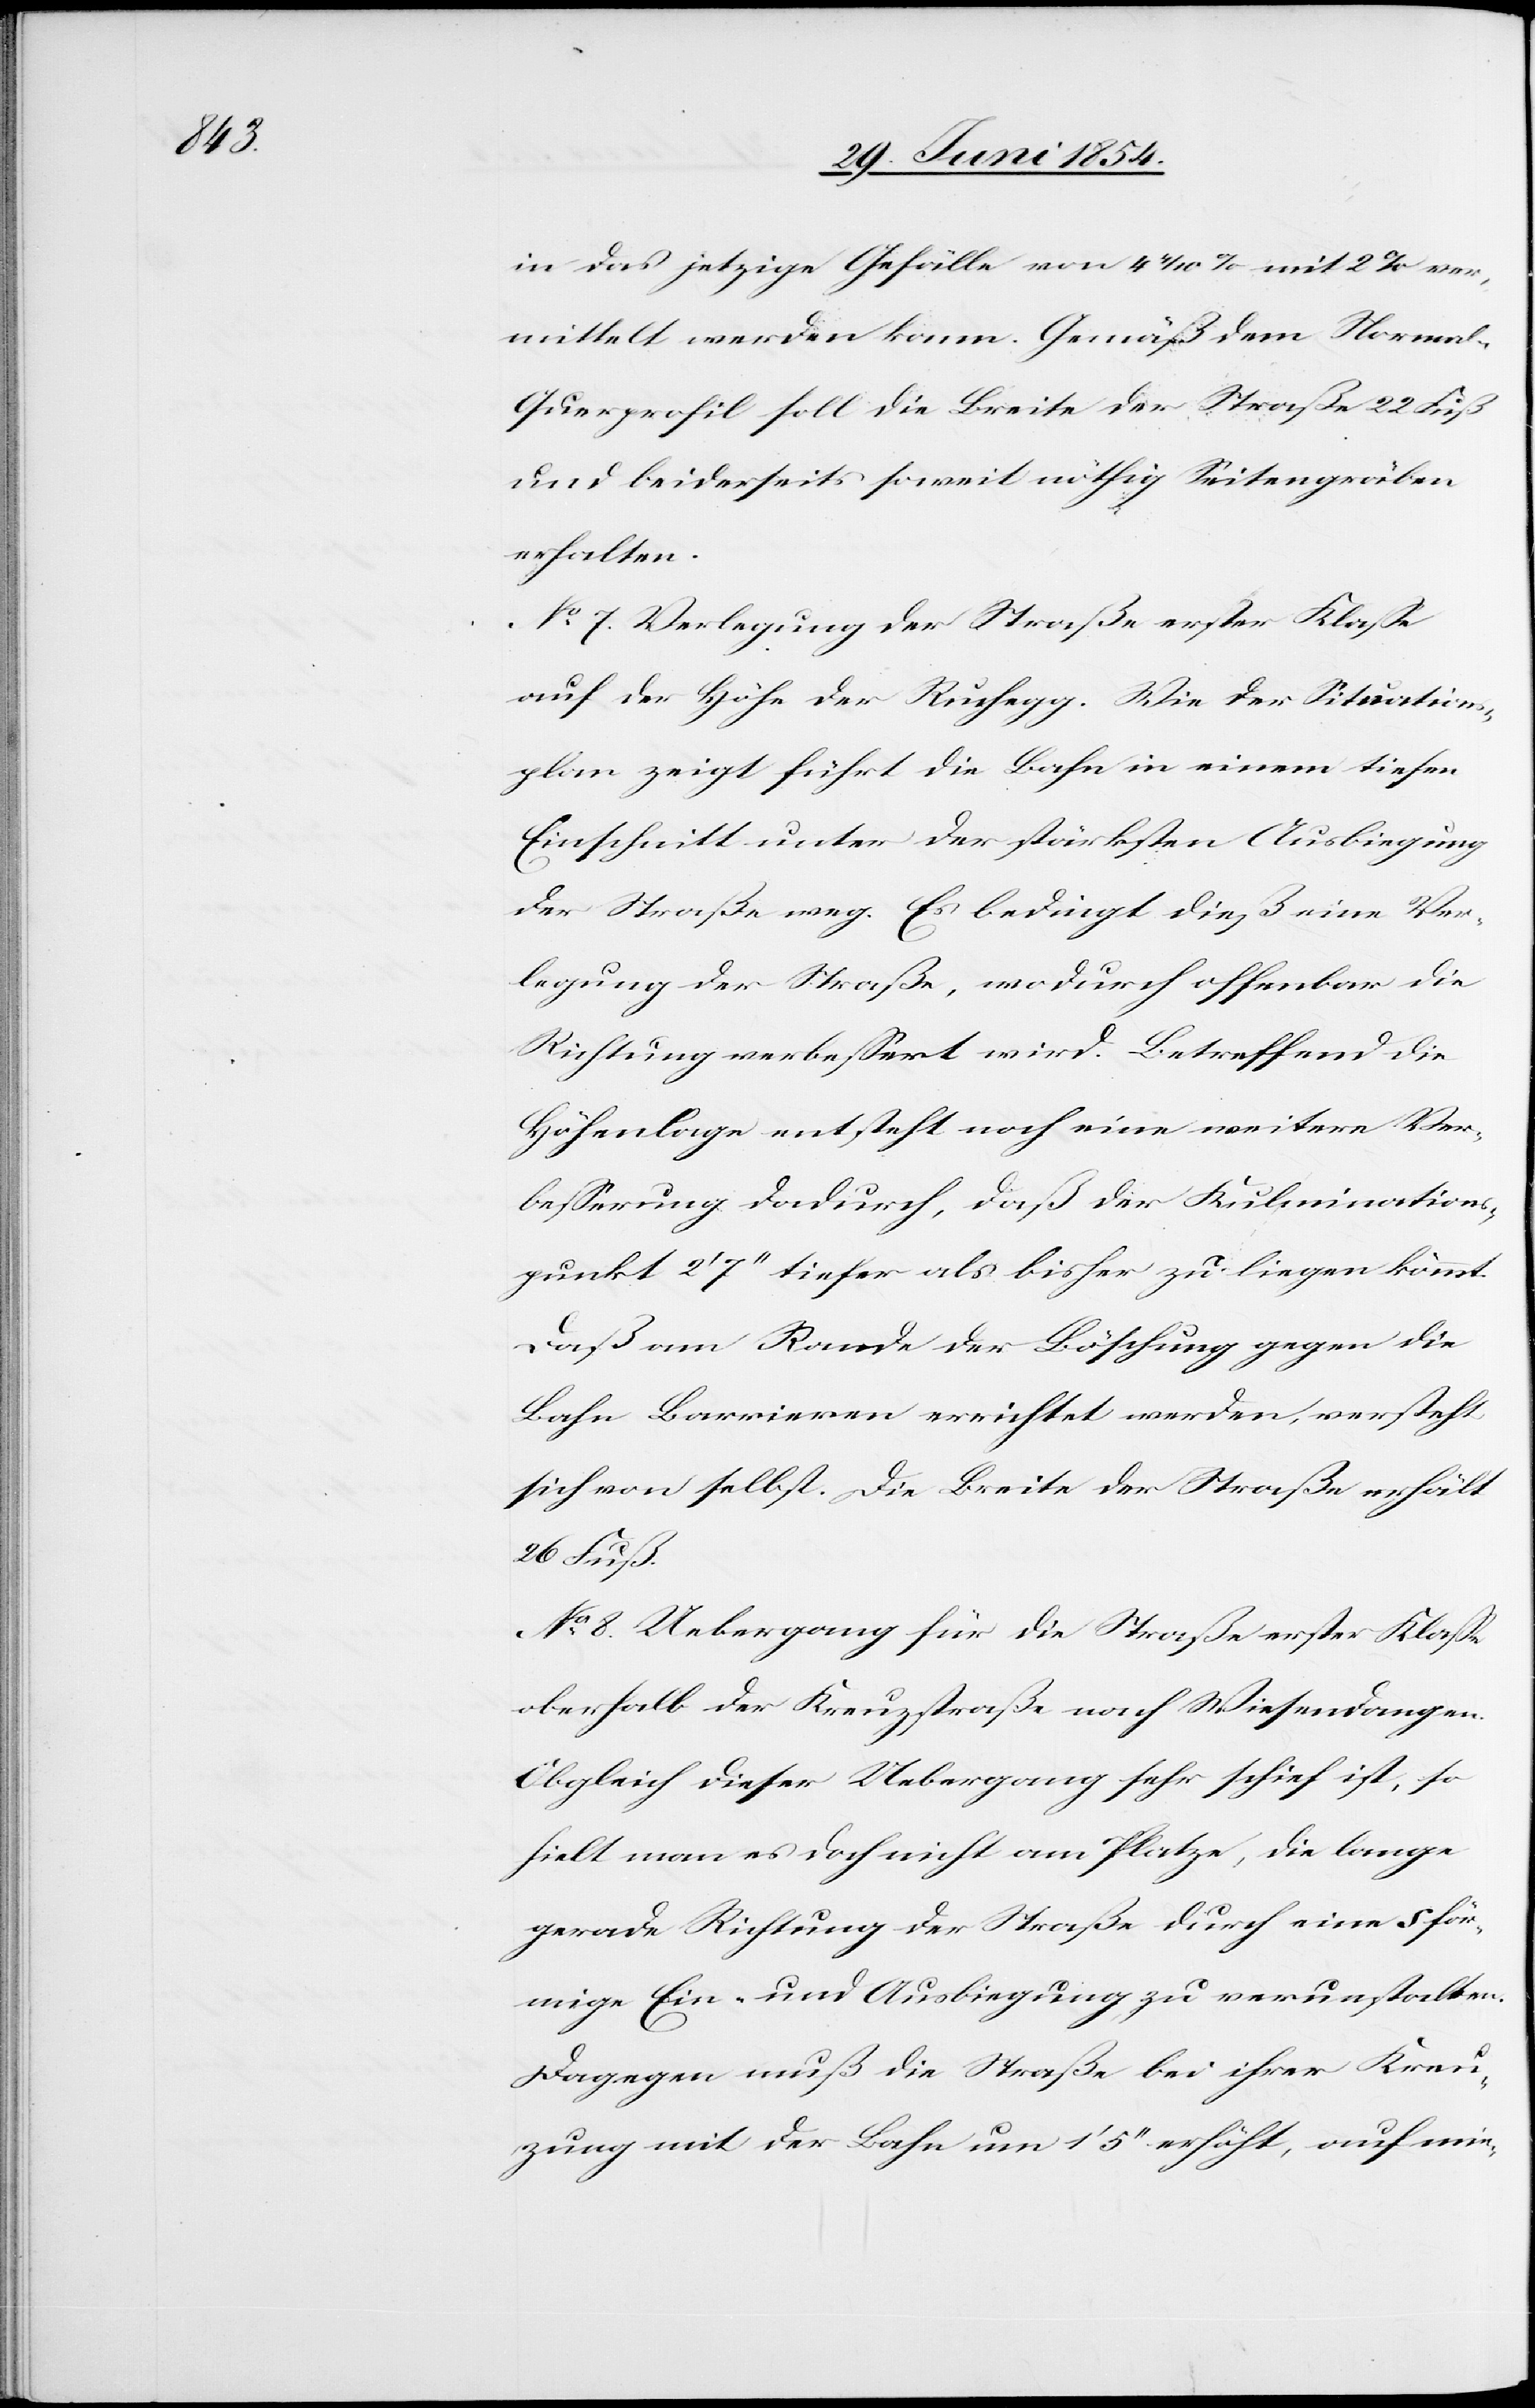
Fuß.

in das jetzige Gefälle von 4 4/10 % mit 2 % ver¬
mittelt werden kann. Gemäß dem Norma¬
l-Querprofil soll die Breite der Straße 22 Fuß
und beiderseits soweit nöthig Seitengräben
erhalten.
No 7. Verlegung der Straße erster Klaße
auf der Höhe der Ruchegg. Wie der Situations¬
plan zeigt führt die Bahn in einem tiefen
Einschnitt unter der stärksten Ausbiegung
der Straße weg. Es bedingt dieß eine Ver¬
legung der Straße, wodurch offenbar die
Richtung verbeßert wird. Betreffend die
Höhenlage entsteht noch eine weitere Ver¬
beßerung dadurch, daß der Kulminations¬
punkt 2‘ 7‘‘ tiefer als bisher zu liegen kommt.
Daß am Rande der Böschung gegen die
Bahn Barrieren errichtet werden, versteht
sich von selbst. Die Breite der Straße erhält
No 8. Uebergang für die Straße erster Klaße
oberhalb der Kreuzstraße nach Wiesendangen.
Obgleich dieser Uebergang sehr schief ist, so
hielt man es doch nicht am Platze, die lange
gerade Richtung der Straße durch eine S för¬
mige Ein- und Ausbiegung zu verunstalten.
Dagegen muß die Straße bei ihrer Kreu¬
zung mit der Bahn um 1‘ 5‘‘ erhöht, auch min-